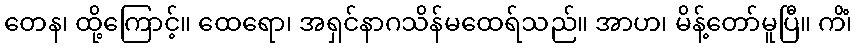
တေန၊ ထို့ကြောင့်။ ထေရော၊ အရှင်နာဂသိန်မထေရ်သည်။ အာဟ၊ မိန့်တော်မူပြီ။ ကိံ၊